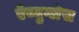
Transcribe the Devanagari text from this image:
ऍव्युग्लेस